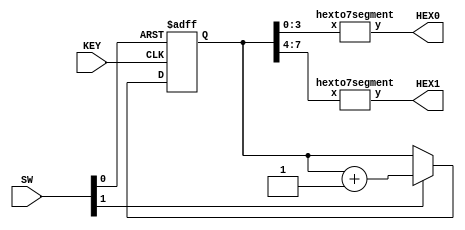
module part2(KEY, SW, HEX0, HEX1);
	input[0:0] KEY;
	input[1:0] SW;
	output[6:0] HEX0, HEX1;
	reg[7:0] Q;
	
	always@(posedge KEY[0] or negedge SW[0])
	begin
		if(~SW[0])
		begin
			Q <= 0;
		end
		else if(SW[1])
		begin
			Q <= Q + 1;
		end
	end
	
	hexto7segment H0(Q[3:0],HEX0);
	hexto7segment H1(Q[7:4],HEX1);
	
endmodule 


module hexto7segment(x,y);
	input[3:0] x;
	output[6:0] y;
	reg[6:0] h;

	always @*
		case (x)
		4'b0000 : h = 7'b1000000;
		4'b0001 : h = 7'b1111001;
		4'b0010 : h = 7'b0100100; 
		4'b0011 : h = 7'b0110000;
		4'b0100 : h = 7'b0011001;
		4'b0101 : h = 7'b0010010;  
		4'b0110 : h = 7'b0000010;
		4'b0111 : h = 7'b1111000;
		4'b1000 : h = 7'b0000000;
		4'b1001 : h = 7'b0010000;
		4'b1010 : h = 7'b0001000; 
		4'b1011 : h = 7'b0000011;
		4'b1100 : h = 7'b1000110;
		4'b1101 : h = 7'b0100001;
		4'b1110 : h = 7'b0000110;
		4'b1111 : h = 7'b0001110;
	endcase

	assign y = h;
	
endmodule